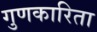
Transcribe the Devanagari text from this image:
गुणकारिता